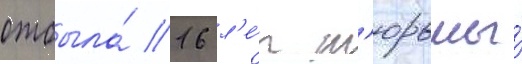
отбыла́ 16 л'е́т т'юрьмы́